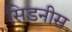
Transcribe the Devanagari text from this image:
सिडनीस